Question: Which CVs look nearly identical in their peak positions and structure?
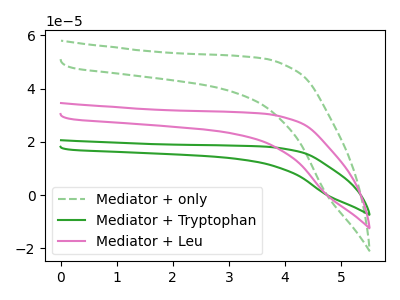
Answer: <think>The green dashed curve "Mediator + only" has no peaks. The green curve "Mediator + Tryptophan" has no peaks. The pink curve "Mediator + Leu" has no peaks.
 Neither "Mediator + only" or "Mediator + Tryptophan" have any peaks. Neither "Mediator + only" or "Mediator + Leu" have any peaks. Neither "Mediator + Tryptophan" or "Mediator + Leu" have any peaks.</think>
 <answer>"Mediator + only", "Mediator + Tryptophan" and "Mediator + Leu" have the same shape and are likely CV's of the same chemical.</answer>
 <eval>"Mediator + only" "Mediator + Tryptophan" "Mediator + Leu"</eval>